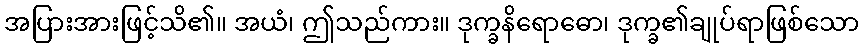
အပြားအားဖြင့်သိ၏။ အယံ၊ ဤသည်ကား။ ဒုက္ခနိရောဓော၊ ဒုက္ခ၏ချုပ်ရာဖြစ်သော